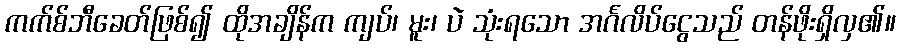
ကက်စ်ဘီခေတ်ဖြစ်၍ ထိုအချိန်က ကျပ်၊ မူး၊ ပဲ သုံးရသော အင်္ဂလိပ်ငွေသည် တန်ဖိုးရှိလှ၏။